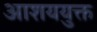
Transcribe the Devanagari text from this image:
आशययुक्त